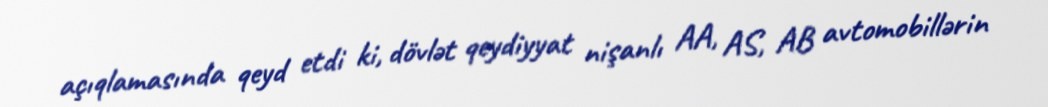
açıqlamasında qeyd etdi ki, dövlət qeydiyyat nişanlı AA, AS, AB avtomobillərin